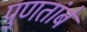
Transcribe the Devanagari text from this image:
पुणतांबे